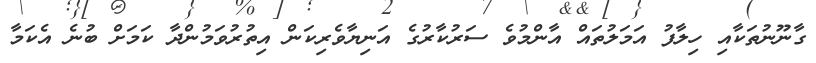
ގާނޫނުތަކާއި ހިލާފު އަމަލުތައް އާންމުވެ ސަރުކާރުގެ އަނިޔާވެރިކަން އިތުރުވަމުންދާ ކަމަށް ބުނެ އެކަމާ